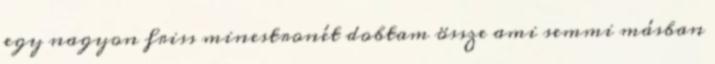
egy nagyon friss minestronét dobtam össze ami semmi másban